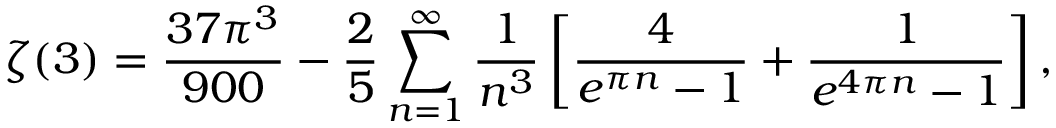
\zeta ( 3 ) = \frac { 3 7 \pi ^ { 3 } } { 9 0 0 } - \frac { 2 } { 5 } \sum _ { n = 1 } ^ { \infty } \frac { 1 } { n ^ { 3 } } \left[ \frac { 4 } { e ^ { \pi n } - 1 } + \frac { 1 } { e ^ { 4 \pi n } - 1 } \right] ,